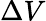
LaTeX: \Delta V